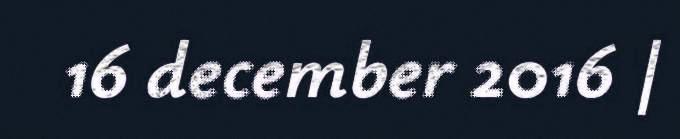
16 december 2016 |